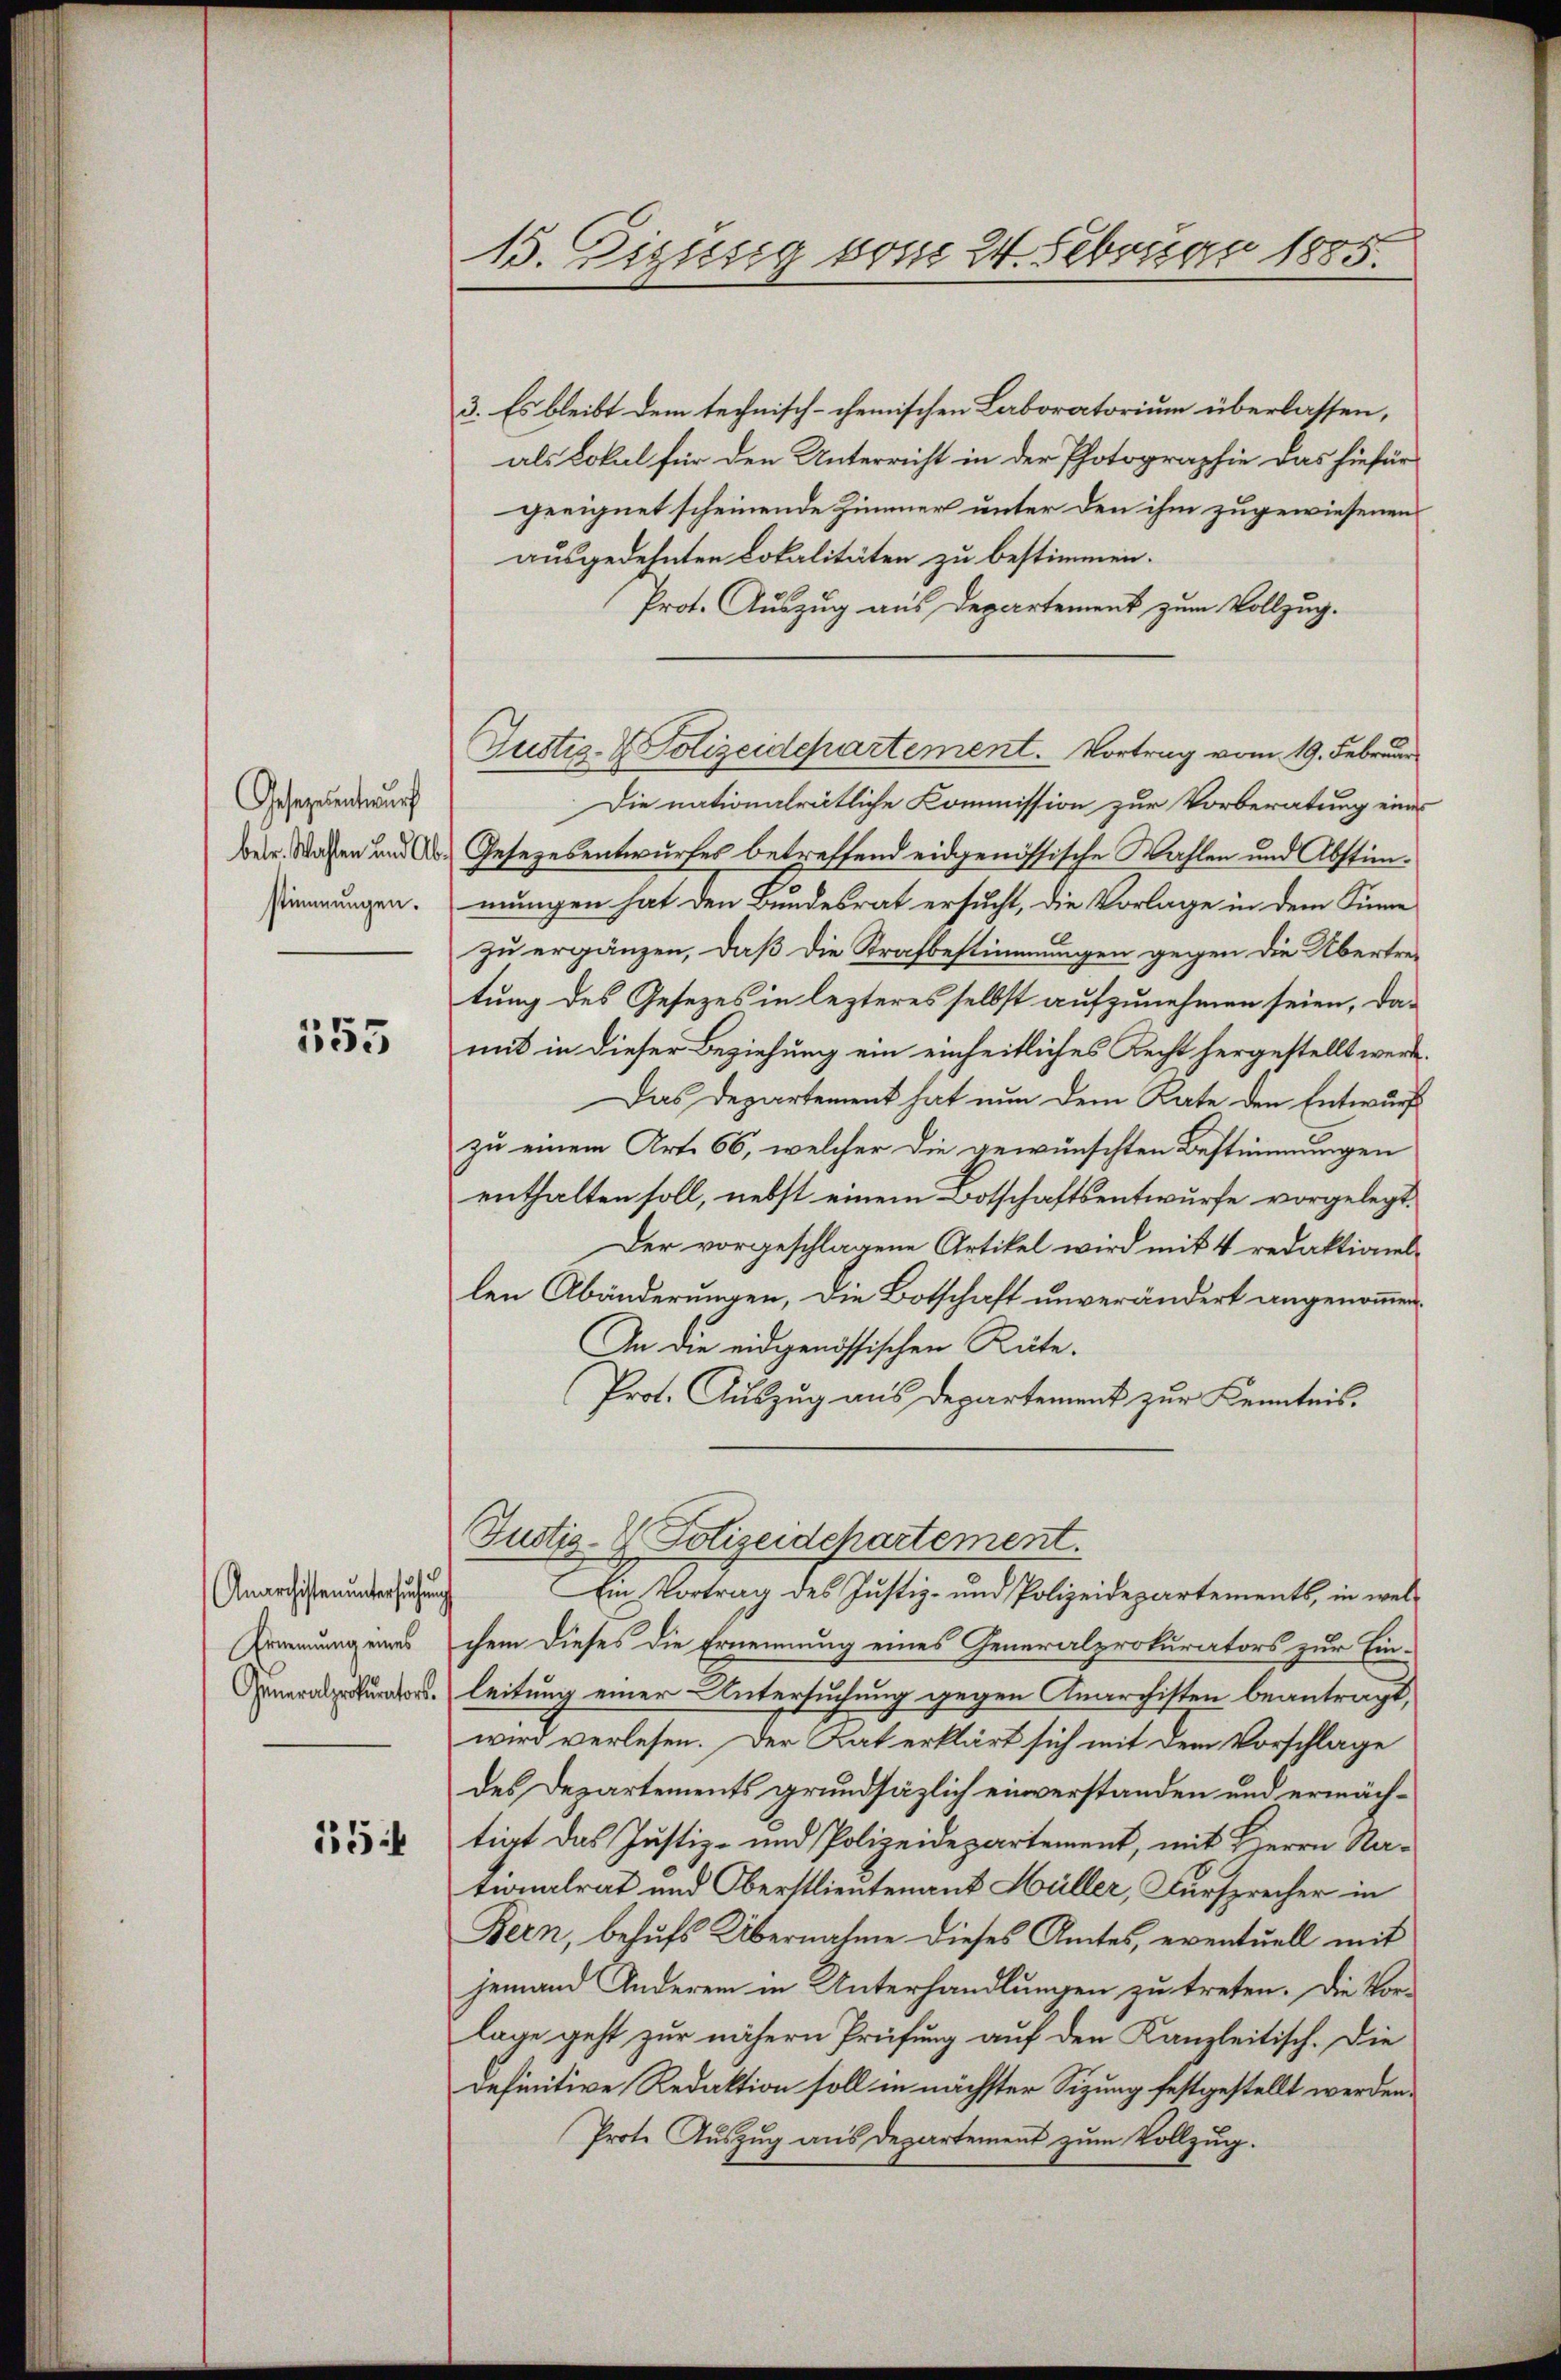
Gesetzesentwurf
stimmungen.

155

Anarchisten untersuchung
Ernennung eines
Generalprokurators.

154

15. Digusig vom 24. Februar 1885.

3. Es bleibt dem technisch-chemischen Laboratorium überlassen,
als Lokal für den Unterricht in der Photographie das hiefür
geeignet scheinende Zimmer unter den ihm zugewiesenen
ausgedehnten Lokalitäten zu bestimmen.
Prot. Auszug aus Departement zum Vollzug.
Justiz- & Polizeidepartement. Vortrag vom 19. Februar
Die nationalrätliche Kommission zur Vorberatung einer
Beir. Staffen und Ad. Gesezesentwurfes betreffend eidgenössische Wahlen und Abstimmungen hat den Bundesrat ersucht, die Vorlage in dem Sinne
zu ergänzen, daß die Strafbestimmungen gegen die Übertretung des Gesezes in lezteres selbst aufzunehmen seien, da-
mit in dieser Beziehung ein einheitliches Recht hergestellt werde.
Das Departement hat nun dem Rate den Entwurf
zu einem Art. 66, welcher die gewünschten Bestimmungen
enthalten soll, nebst einem Botschaftsentwurfe vorgelegt.
Der vorgeschlagene Artikel wird mit 4 redaktionellen Abänderungen, die Botschaft unverändert angenommen.
An die eidgenössischen Rüte.
Prot. Auszug aus Departement zur Kenntnis.
Justiz- & Polizeidepartement.
Ein Vortrag des Justiz- und Polizeidepartements, in welchem dieses die Ernennung eines Generalprokurators zur Ein-
leitung einer Untersuchung gegen Anarchisten beantragt,
wird verlesen. Der Rat erklärt sich mit dem Vorschlage
des Departements grundsäzlich einverstanden und ermächtiat das Justiz- und Polizeidepartement, mit Herrn Na-
tionalrat und Oberstlieutenant Hüller, Fürsprecher in
Bern, behufs Übernahme dieses Amtes, eventuell mit
jemand Anderem in Unterhandlungen zu treten. Die Vor-
lage geht zur nähern Prüfung auf den Kanzleitisch. Die
definitive Redaktion soll in nächster Sitzung festgestellt werden.
Prote Auszug aus Departement zum Vollzug.